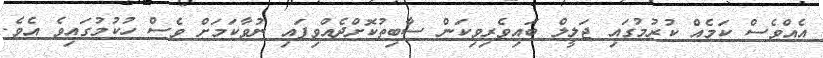
އެއްވެސް ކަމެއް ކުރުމުގައި ޖަލީލް ބައިވެރިވިކަން ސާބިތުކޮށްދެއްވިފައި ނުވާކަމަށް ވެސް ހުކުމުގައިވެ އެވެ.